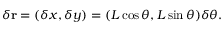
\delta \mathbf { r } = ( \delta x , \delta y ) = ( L \cos \theta , L \sin \theta ) \delta \theta .